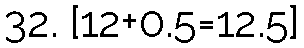
32. [12+0.5=12.5]